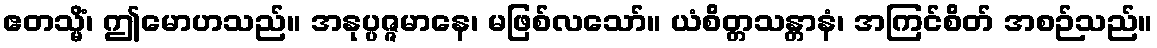
ဧတသ္မိံ၊ ဤမောဟသည်။ အနုပ္ပဇ္ဇမာနေ၊ မဖြစ်လသော်။ ယံစိတ္တသန္တာနံ၊ အကြင်စိတ် အစဉ်သည်။